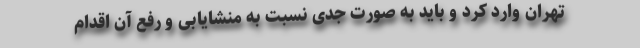
تهران وارد کرد و باید به صورت جدی نسبت به منشایابی و رفع آن اقدام